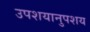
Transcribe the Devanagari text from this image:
उपशयानुपशय